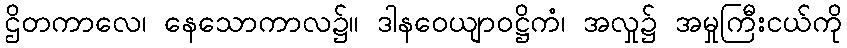
ဌိတကာလေ၊ နေသောကာလ၌။ ဒါနဝေယျာဝဋ္ဌိကံ၊ အလှု၌ အမှုကြီးငယ်ကို